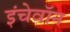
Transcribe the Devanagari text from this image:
इंचेवॉन